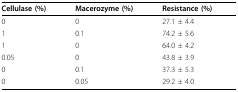
<table><thead><tr><td><b>Cellulase (%)</b></td><td><b>Macerozyme (%)</b></td><td><b>Resistance (%)</b></td></tr></thead><tbody><tr><td>0</td><td>0</td><td>27.1 ± 4.4</td></tr><tr><td>1</td><td>0.1</td><td>74.2 ± 5.6</td></tr><tr><td>1</td><td>0</td><td>64.0 ± 4.2</td></tr><tr><td>0.05</td><td>0</td><td>43.8 ± 3.9</td></tr><tr><td>0</td><td>0.1</td><td>37.3 ± 5.3</td></tr><tr><td>0</td><td>0.05</td><td>29.2 ± 4.0</td></tr></tbody></table>